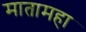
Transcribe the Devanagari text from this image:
मातामहा